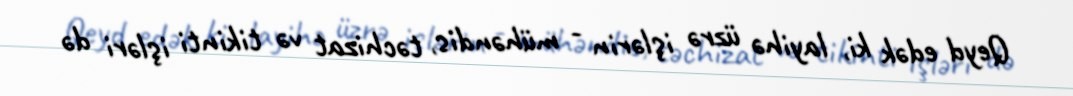
Qeyd edək ki, layihə üzrə işlərin - mühəndis, təchizat və tikinti işləri də